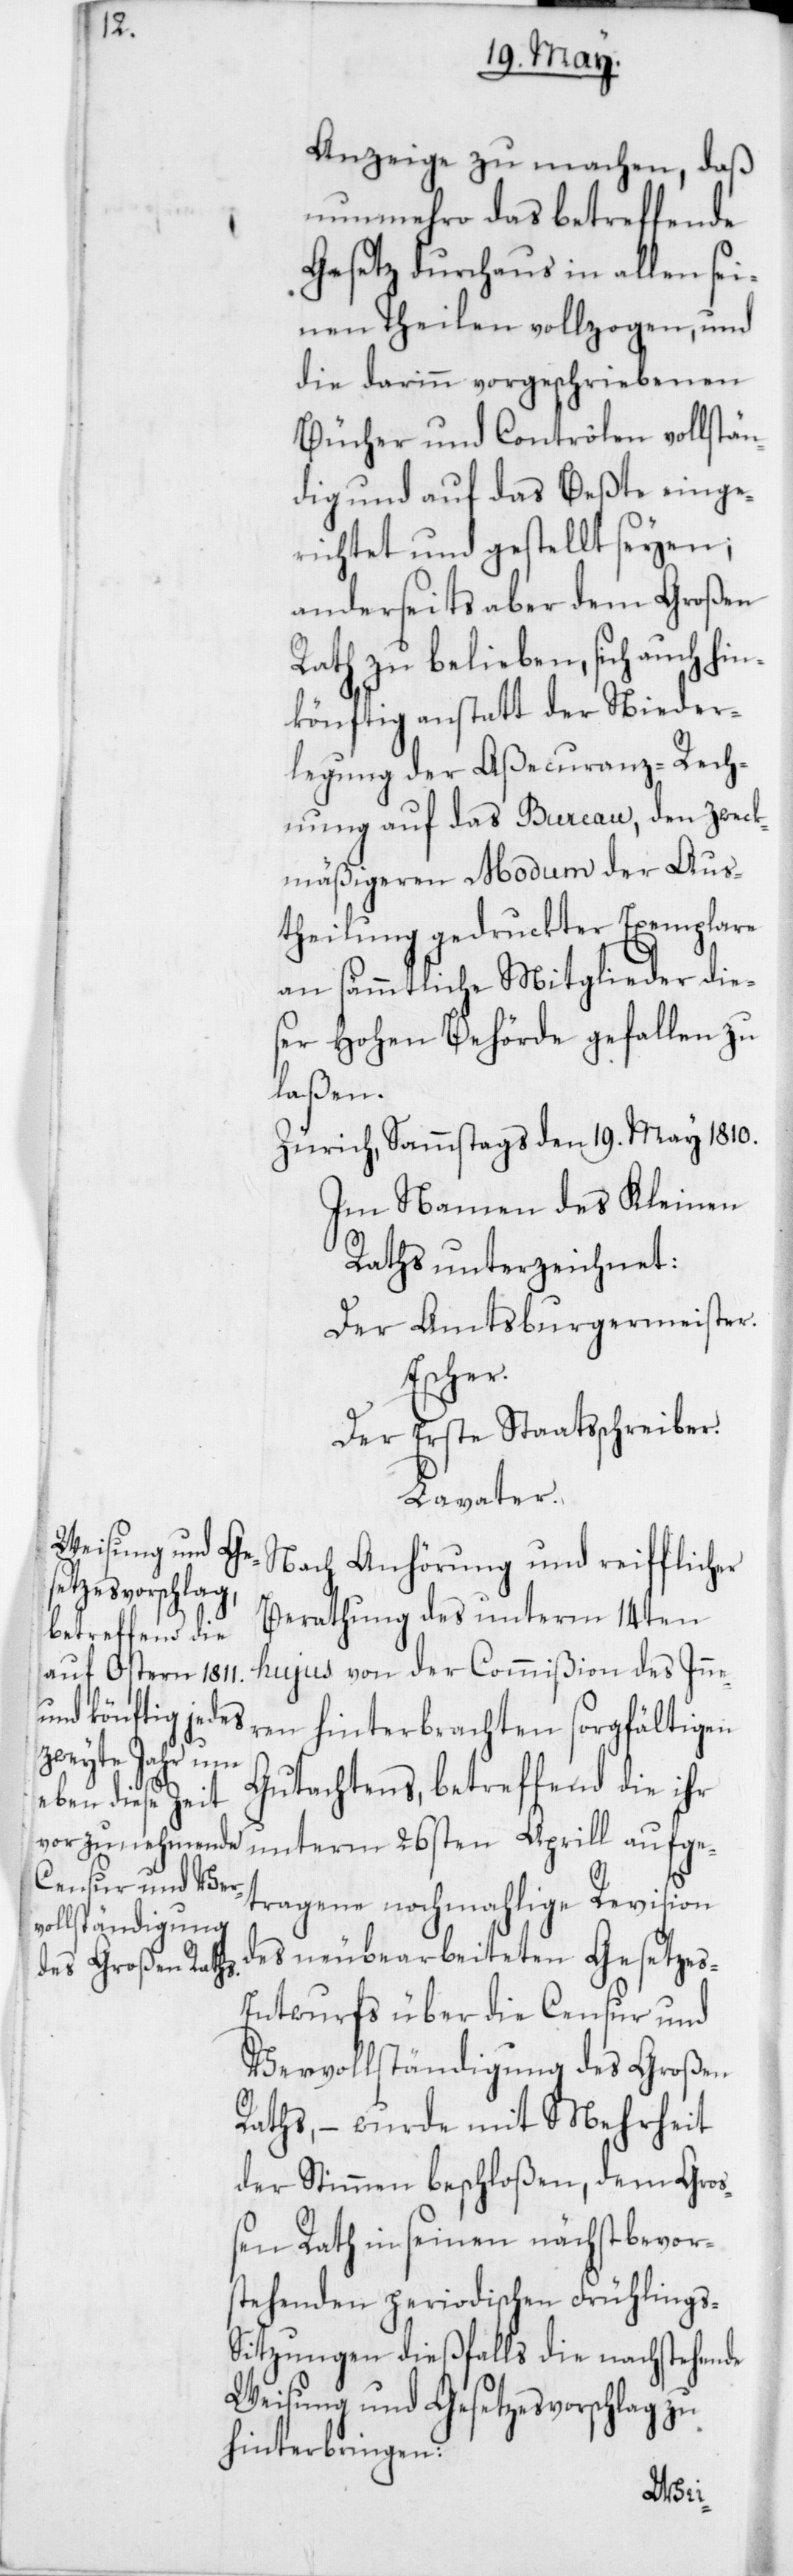
Anzeige zu machen, daß
nunmehro das betreffende
Gesetz durchaus in allen sei¬
nen Theilen vollzogen, und
die darinn vorgeschriebenen
Bücher und Contrôlen vollstän¬
dig und auf das Beßte einge¬
richtet und gestellt seyen;
anderseits aber dem Großen
Rath zu belieben, sich auch hin¬
könftig anstatt der Nieder¬
legung der Aßecuranz-Rech¬
nung auf das Bureau, den zweck¬
mäßigeren Modum der Aus¬
theilung gedruckter Exemplare
an sämmtliche Mitglieder dies¬
er Hohen Behörde gefallen zu
laßen.
Zürich, Sammstags den 19. May 1810.
Im Namen des Kleinen
Raths unterzeichnet:
Der Amtsburgermeister.
Escher.
Der Erste Staatsschreiber.
Lavater.
Nach Anhörung und reifflicher
Berathung des unterm 14ten
hujus von der Commißion des Inne¬
ren hinterbrachten sorgfältigen
Gutachtens, betreffend die ihr
unterm 26sten Aprill aufge¬
tragene nochmahlige Revision
des neubearbeiteten Gesetze¬
s-Entwurfs über die Censur und
Vervollständigung des Großen
Raths, – wurde mit Mehrheit
der Stimmen beschloßen, dem Groß¬
en Rath in seinen nächst bevor¬
stehenden periodischen Frühlings-S¬
itzungen dießfalls die nachstehende
Weisung und Gesetzesvorschlag zu
hinterbringen: